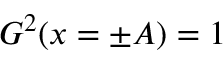
G ^ { 2 } ( x = \pm A ) = 1